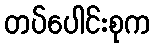
တပ်ပေါင်းစုက